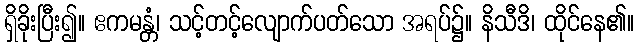
ရှိခိုးပြီး၍။ ဧကမန္တံ၊ သင့်တင့်လျောက်ပတ်သော အရပ်၌။ နိသီဒိ၊ ထိုင်နေ၏။